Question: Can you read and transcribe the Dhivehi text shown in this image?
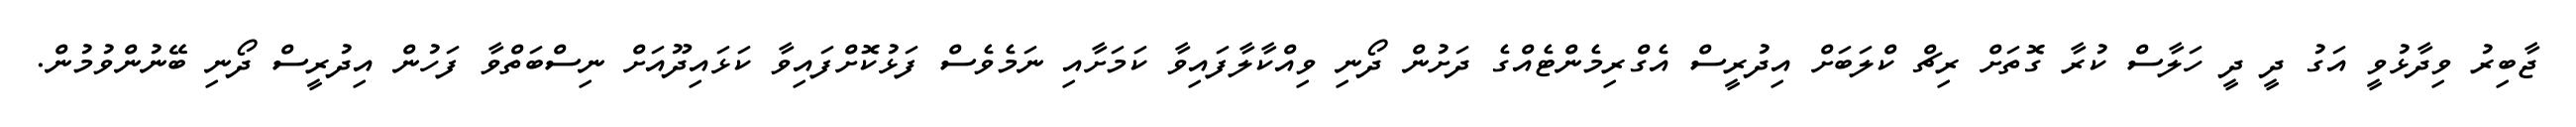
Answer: ޖާބިރު ވިދާޅުވީ އަގު ދީ ދީ ހަލާސް ކުރާ ގޮތަށް ރިޗް ކްލަބަށް އިދުރީސް އެގްރިމެންޓެއްގެ ދަށުން ދޯނި ވިއްކާލާފައިވާ ކަމަށާއި ނަމެވެސް ފަޅުކޮށްފައިވާ ކަޅައިދޫއަށް ނިސްބަތްވާ ފަހުން އިދުރީސް ދޯނި ބޭނުންވުމުން.